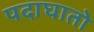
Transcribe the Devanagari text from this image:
पदाघातो